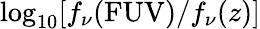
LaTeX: \log_{10}[f_{\nu}(\mathrm{FUV})/f_{\nu}(z)]